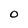
Character: O